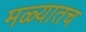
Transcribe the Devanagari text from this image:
मळ्यातच